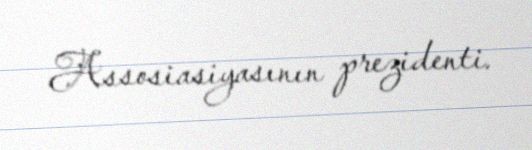
Assosiasiyasının prezidenti.